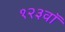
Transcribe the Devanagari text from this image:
१२३वॉ